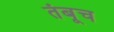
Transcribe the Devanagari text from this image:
तंबूच